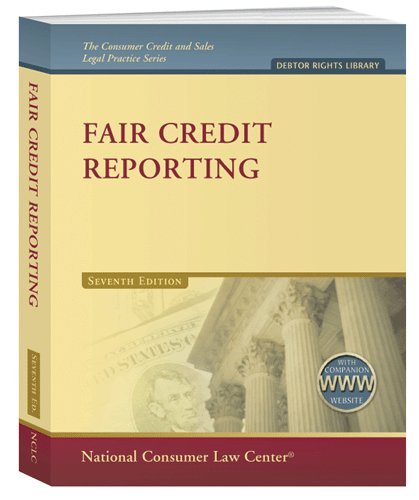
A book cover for Fair Credit Reporting 1020: Includes 2012 Supplement and Website; Law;